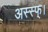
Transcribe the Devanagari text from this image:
अस्स्फ्।